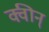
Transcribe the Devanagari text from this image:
क्वीन्